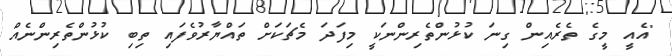
"އެއީ މީގެ ތެރެއިން ގިނަ ކުޅުންތެެރިންނަކީ މިފަދަ މެޗަކަށް ތައްޔާރުވެފައި ތިބި ކުޅުންތެރިންނެއް